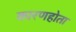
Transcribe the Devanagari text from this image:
कारणहोता